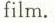
film.